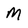
Character: m